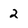
Character: 2